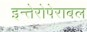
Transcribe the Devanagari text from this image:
इन्तेरोपेराबल